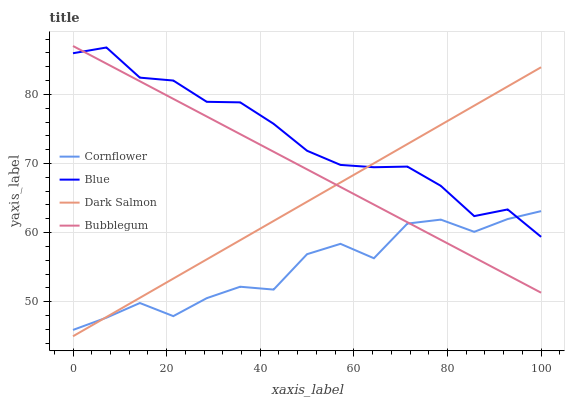
| xaxis_label | Cornflower | Blue | Dark Salmon | Bubblegum |
 | --- | --- | --- | --- | --- |
 | 0 | 45.9 | 86 | 45 | 87 |
 | 7.14 | 47.7 | 86.8 | 47.8 | 84.5 |
 | 14.3 | 49.8 | 82.4 | 50.6 | 81.9 |
 | 21.4 | 47.9 | 82 | 53.3 | 79.4 |
 | 28.6 | 50.5 | 78.9 | 56.1 | 76.8 |
 | 35.7 | 52.2 | 78.8 | 58.9 | 74.3 |
 | 42.9 | 51.8 | 75.7 | 61.7 | 71.7 |
 | 50 | 56.9 | 71.8 | 64.5 | 69.2 |
 | 57.1 | 58.4 | 69.8 | 67.2 | 66.6 |
 | 64.3 | 56.3 | 69.5 | 70 | 64.1 |
 | 71.4 | 61.3 | 69.6 | 72.8 | 61.5 |
 | 78.6 | 61.9 | 66.8 | 75.6 | 59 |
 | 85.7 | 60.1 | 62.4 | 78.4 | 56.4 |
 | 92.9 | 62 | 63.3 | 81.1 | 53.9 |
 | 100 | 63.1 | 59.4 | 83.9 | 51.3 |